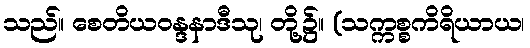
သည်။ စေတိယဝန္ဒနာဒီသု၊ တို့၌။ (သက္ကစ္စကိရိယာယ၊